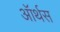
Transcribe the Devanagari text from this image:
ऑर्थस